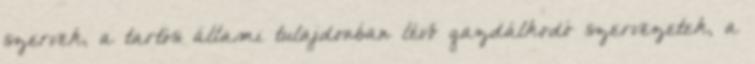
szervek, a tartós állami tulajdonban lévő gazdálkodó szervezetek, a